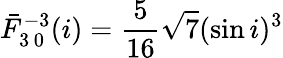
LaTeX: \bar{F}_{3\, 0}^{-3}(i)=\frac{5}{16}\sqrt{7}(\sin i)^{3}